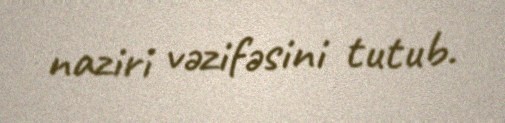
naziri vəzifəsini tutub.